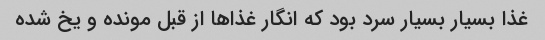
غذا بسیار بسیار سرد بود که انگار غذاها از قبل مونده و یخ شده